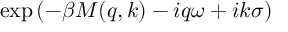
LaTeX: \exp \left( - \beta M ( q , k ) - i q \omega + i k \sigma \right)